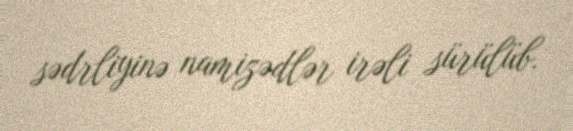
sədrliyinə namizədlər irəli sürülüb.